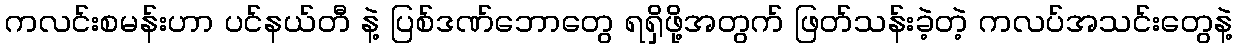
ကလင်းစမန်းဟာ ပင်နယ်တီ နဲ့ ပြစ်ဒဏ်ဘောတွေ ရရှိဖို့အတွက် ဖြတ်သန်းခဲ့တဲ့ ကလပ်အသင်းတွေနဲ့